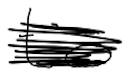
Text: to
Cross-out: scratch
Writing tool: digital_black